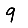
Digit: 9